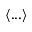
\langle . . . \rangle